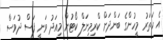
އެ ހަތަރު މީހުންގެ ބަންދަށް ކްރިމިނަލް ކޯޓުން މިއަދު ވަނީ ފަސް ދުވަސް